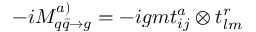
- i { \cal M } _ { q \bar { q } \to g } ^ { a ) } = - i g m t _ { i j } ^ { a } \otimes t _ { l m } ^ { r }